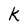
Character: K